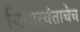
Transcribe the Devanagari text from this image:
विचारवंताचेच